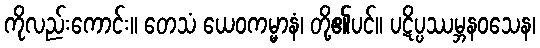
ကိုလည်းကောင်း။ တေသံ ယေဝကမ္မာနံ၊ တို့၏ပင်။ ပဋိပ္ပဿမ္ဘနဝသေန၊